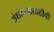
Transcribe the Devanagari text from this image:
संशोधनासाठीची